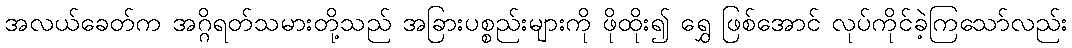
အလယ်ခေတ်က အဂ္ဂိရတ်သမားတို့သည် အခြားပစ္စည်းများကို ဖိုထိုး၍ ရွှေ ဖြစ်အောင် လုပ်ကိုင်ခဲ့ကြသော်လည်း